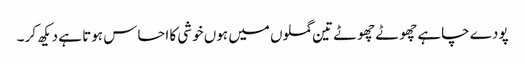
پودے چاہے چھوٹے چھوٹے تین گملوں میں ہوں خوشی کا احساس ہوتا ہے دیکھ کر ۔